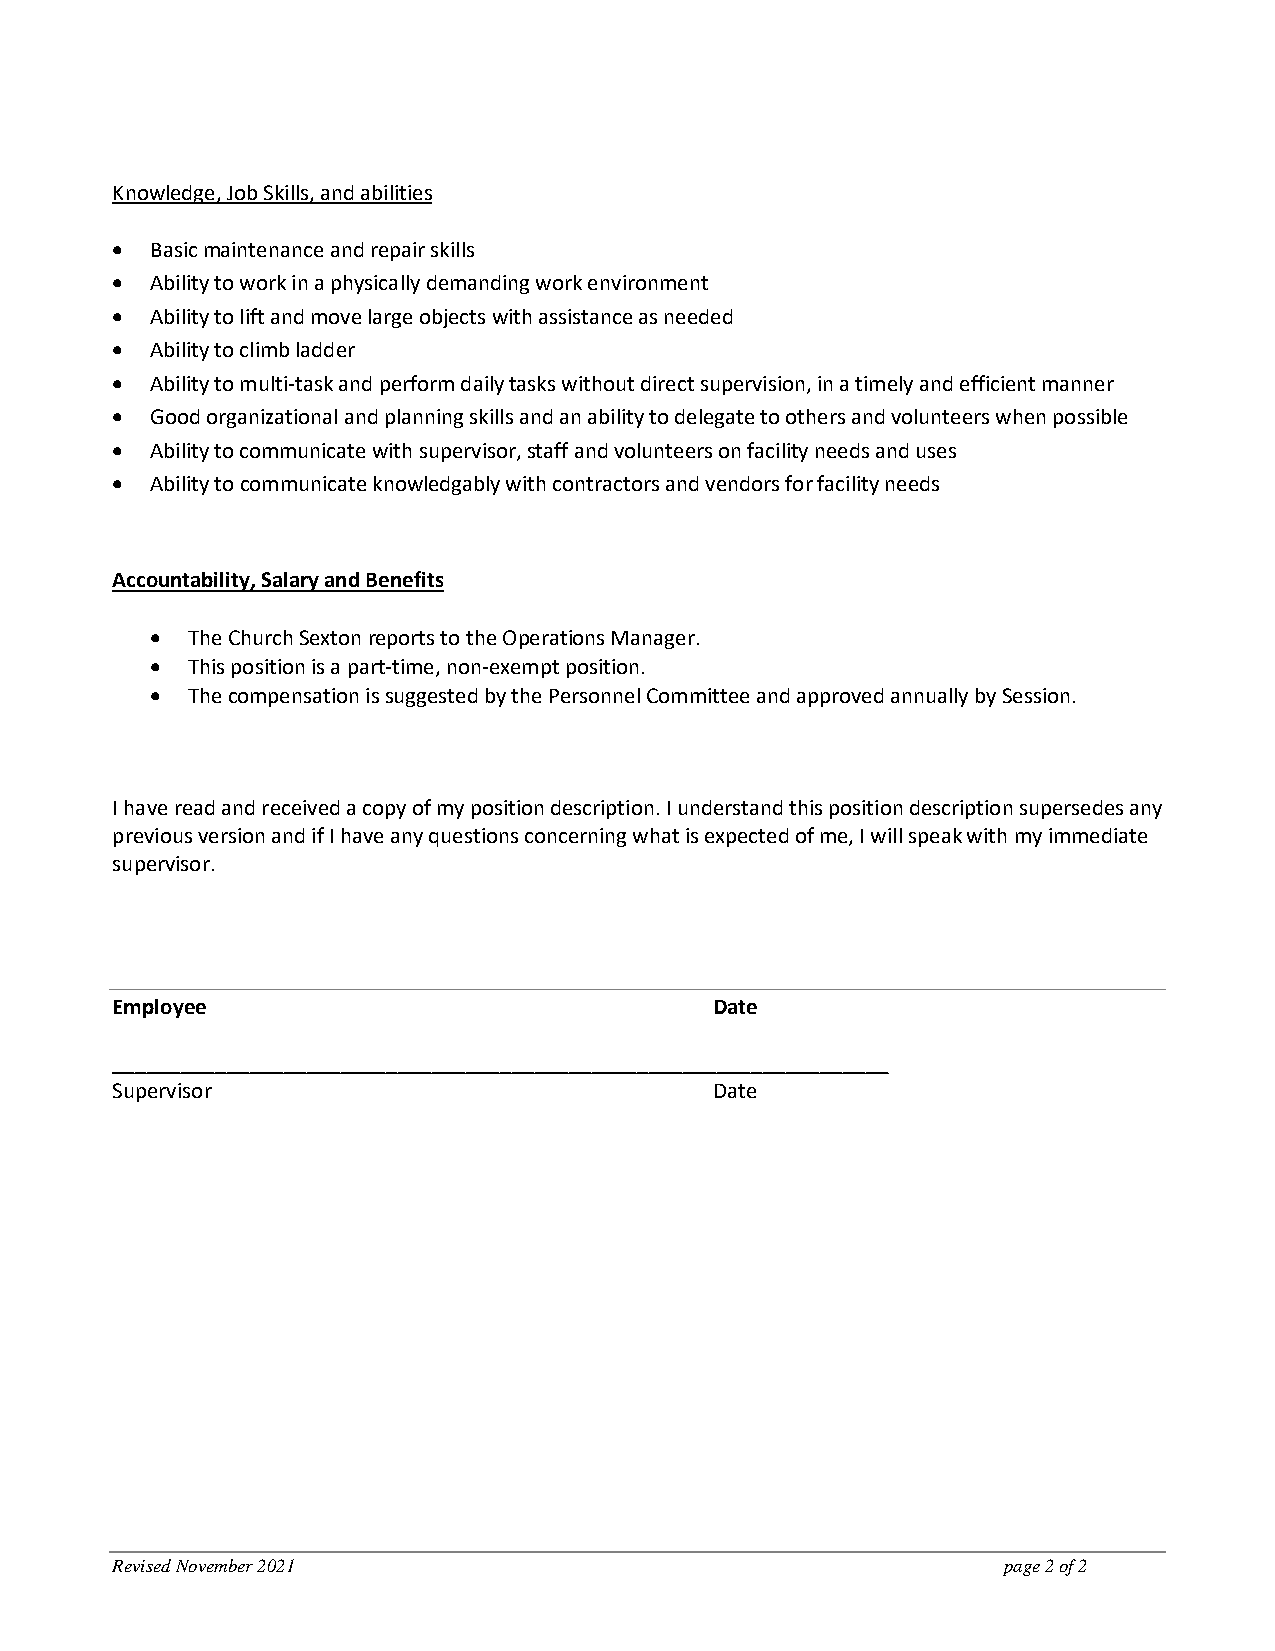
Knowledge, Job Skills, and abilities
 •  Basic maintenance and repair skills
 •  Ability to work in a physically demanding work environment
 •  Ability to lift and move large objects with assistance as needed
 •  Ability to climb ladder
 •  Ability to multi-task and perform daily tasks without direct supervision, in a timely and efficient manner
 •  Good organizational and planning skills and an ability to delegate to others and volunteers when possible
 •  Ability to communicate with supervisor, staff and volunteers on facility needs and uses
 •  Ability to communicate knowledgably with contractors and vendors for facility needs
 Accountability, Salary and Benefits
 • The Church Sexton reports to the Operations Manager.
 • This position is a part-time, non-exempt position.
 • The compensation is suggested by the Personnel Committee and approved annually by Session.
 I have read and received a copy of my position description. I understand this position description supersedes any
 previous version and if I have any questions concerning what is expected of me, I will speak with my immediate
 supervisor.
 Employee                                Date
 ____________________________________________________________________
 Supervisor                              Date
 Revised November 2021                                      page 2 of 2